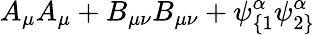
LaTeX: A_{\mu}A_{\mu}+B_{\mu\nu}B_{\mu\nu}+\psi_{\{ 1}^{\alpha}\psi_{2\} }^{\alpha}